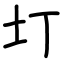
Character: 圢